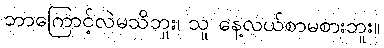
ဘာကြောင့်လဲမသိဘူး၊ သူ နေ့လယ်စာမစားဘူး။